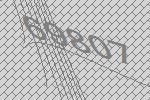
69807